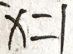
x = 1